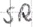
Text: SR